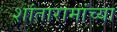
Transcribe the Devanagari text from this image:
शांतारामांच्या